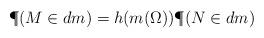
LaTeX: \begin{align*} \P(M\in dm)=h(m(\Omega))\P(N\in dm)\end{align*}